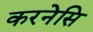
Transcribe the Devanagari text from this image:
करनेसि